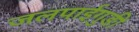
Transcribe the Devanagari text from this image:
जलपाईगुङी